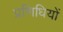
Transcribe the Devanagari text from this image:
प्रणिधियों